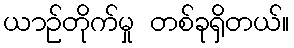
ယာဉ်တိုက်မှု တစ်ခုရှိတယ်။